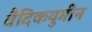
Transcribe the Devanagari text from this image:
वैदिकयुगीन